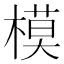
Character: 模